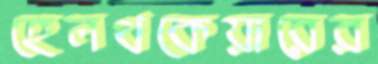
হেলথকেয়ারের